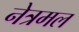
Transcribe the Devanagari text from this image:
नेत्रमल